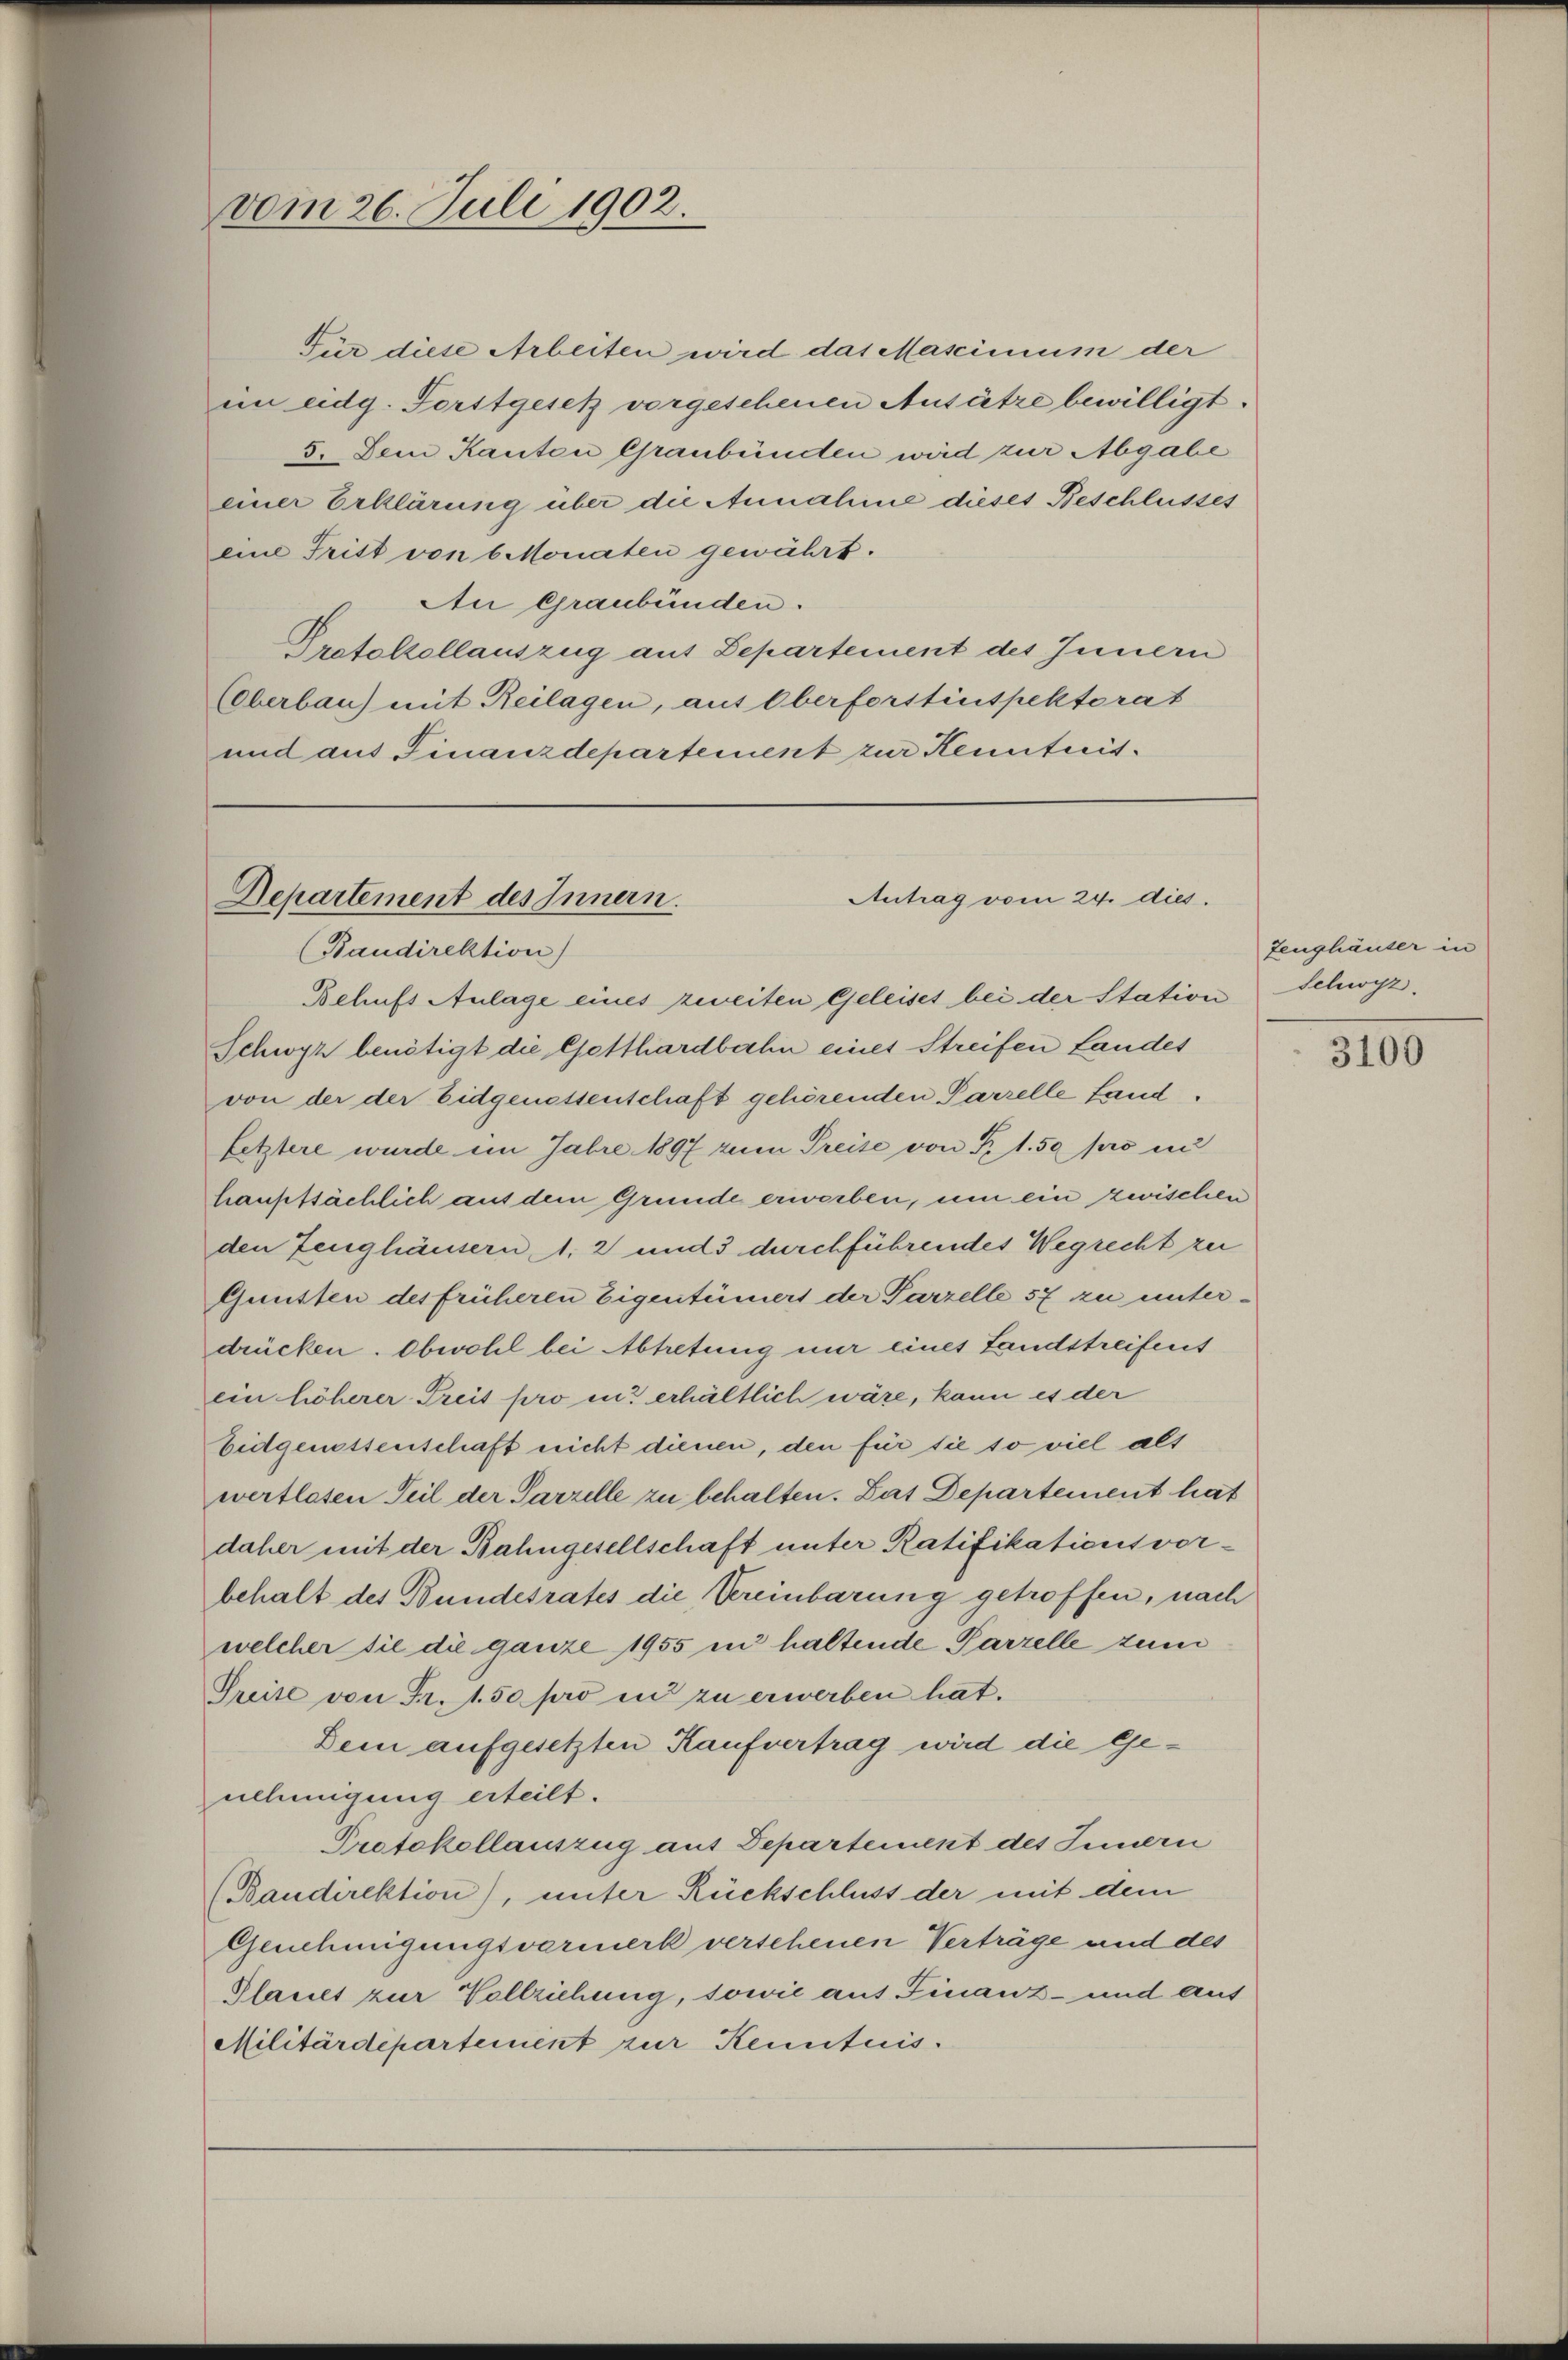
vom 26. Juli 1902.

Für diese Arbeiten wird das Mascimum der
im eidg. Forstgesetz vorgeschenen Ansätze bewilligt.
5. Dem Kanton Graubünden wird zur Abgabe
einer Erklärung über die Annahme dieses Beschlusses
eine Tritt von 6 Monaten gewährt.
An Graubünden.
Protolzellauszug aus Departement des Innern
Eberbau) mit Reilagen, aus Oberforstinspektorat
und aus Finanzdepartement zur Kenntnis¬

Departement des Innern.
Antrag vom 24. dies
(Baudirektion

Behufs Anlage eines zweiten Geleiset bei der Station Schwyz,
Schwyz benötigt die Gotthardbahn eines Streifen Landes
von der der Eidgenossenschaft gehörenden Parzelle Land¬
Letztere wurde im Jahre 1897 zum Preise von P. 1.50 pro in
hauptsächlich aus dem Grunde erwerben, um ein zwischen
den Zeughäusern 1. 2 und 3 durchführendes Wegrecht zu
Gunsten des früheren Eigentümers der Parzelle 57 zu unterdrücken. Obwohl bei Abtretung nur eines Landstreifens
ein höherer Freis pro in erhältlich wäre, kann es der
bidgenossenschaft nicht dienen, den für sie so viel als
wertlosen Teil der Parzelle zu behalten. Das Departement hat
daher mit der Bahngesellschaft unter Ratifikationsvor-
behalt des Bundesrates die Vereinbarung getroffen, nach
welcher sie die ganze 1955 in haltende Parzelle zum
Preise von Fr. 1.50 pro in zu erwerben hat.
Dein aufgesetzten Kaufvertrag wird die Genehmigung erteilt.
Protokollauszug aus Departement des Innern
(Bandirektion), unter Rückschluss der mit dem
Genehmigungsvarmerk versehenen Verträge und des
Plauet zur Vollziehung, sowie auf Finanz- und aus
Militärdepartement zur Kenntnis.

Zeughäuser in

3100